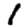
Digit: 1